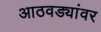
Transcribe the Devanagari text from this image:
आठवड्यांवर